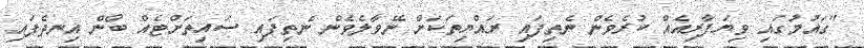
"ގައުމުގައި ވިޔަފާރިއެއް ކުރެވެން ނެތިފައި ރައްޔިތަކަށް ނޭވާލެވެން ނެތިފައި ސައިތަށްޓެއް ބޯން އިނދެފައި